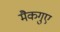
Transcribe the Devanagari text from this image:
मैकगुए